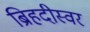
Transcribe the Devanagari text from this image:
ब्रिहदीस्वर